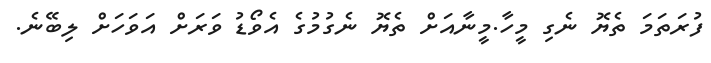
ފުރަތަމަ ތެޔޮ ނެގި މީހާ.މީނާއަށް ތެޔޮ ނެގުމުގެ އެވޯޑު ވަރަށް އަވަހަށް ލިބޭނެ.